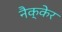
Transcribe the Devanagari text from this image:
नैक्केर